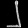
Digit: ၂